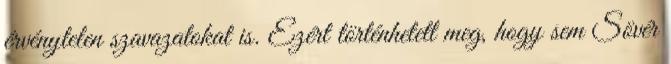
érvénytelen szavazatokat is. Ezért történhetett meg, hogy sem Sövér